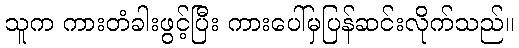
သူက ကားတံခါးဖွင့်ပြီး ကားပေါ်မှပြန်ဆင်းလိုက်သည်။